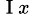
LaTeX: _{\mathrm{~I~}x}